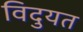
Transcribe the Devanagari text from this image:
विदुयत